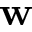
\mathbf { w }